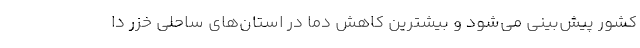
کشور پیش‌بینی می‌شود و بیشترین کاهش دما در استان‌های ساحلی خزر دا